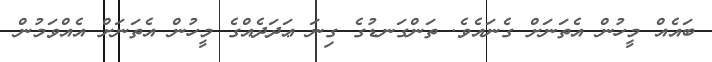
ބައެއް މީހުން އެތަނަށް ގެނައެވެ. ތަންގަނޑުގެ ގިނަ ޢަދަދެއްގެ މީހުން އެތަނަށް އެއްވަމުން